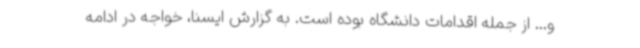
و... از جمله اقدامات دانشگاه بوده است. به گزارش ایسنا، خواجه در ادامه